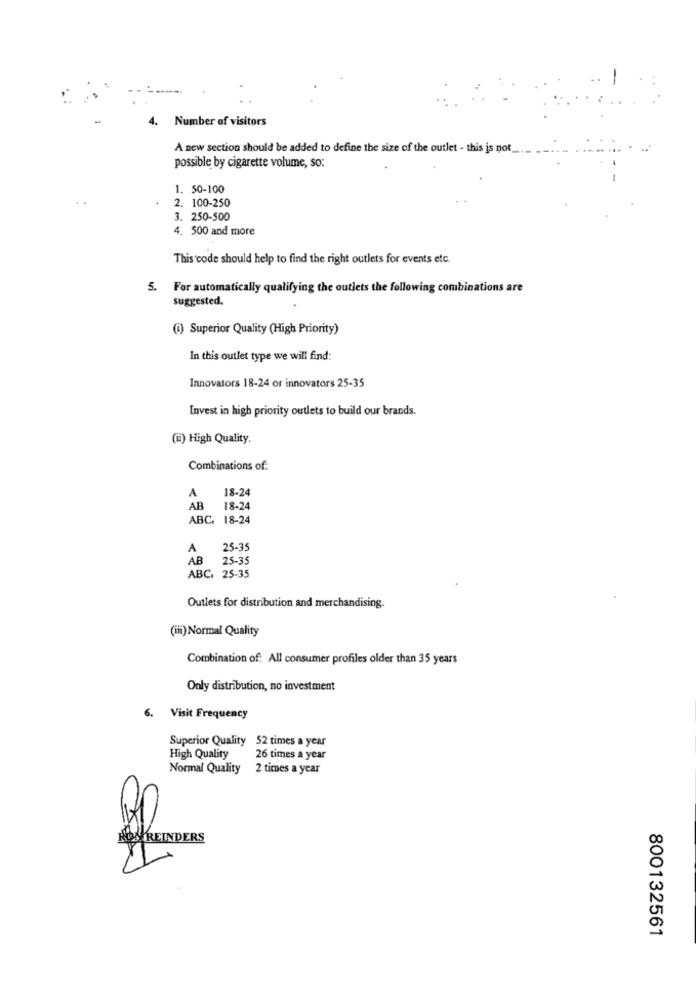
4.
Number of visitors
A new section should be added to define the size of the outlet - this is not
possible by cigarette volume, so:
1. 50-100
2. 100-250
3. 250-500
4. 500 and more
This code should help to find the right outlets for events etc.
5. For automatically qualifying the outlets the following combinations are
suggested.
(@) Superior Quality (High Priority)
In this outlet type we will find:
Innovators 18-24 or innovators 25-35
Invest in high priority outlets to build our brands.
(ii) High Quality.
Combinations of
18-24
A
AB
18-24
ABC. 18-24
A
25-35
25-35
ABC, 25-35
Outlets for distribution and merchandising.
(iii) Normal Quality
Combination of: All consumer profiles older than 35 years
Only distribution, no investment
Visit Frequency
Superior Quality 52 times a year
High Quality
26 times a year
Normal Quality 2 times a year
KOM REINDERS
800132561